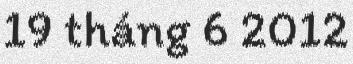
19 tháng 6 2012